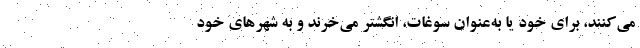
می‌کنند، برای خود یا به‌عنوان سوغات، انگشتر می‌خرند و به شهرهای خود